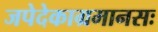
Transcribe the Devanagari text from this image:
जपेदेकाग्रमानसः